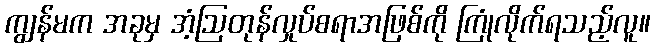
ကျွန်မက အခုမှ အံ့ဩတုန်လှုပ်စရာအဖြစ်ကို ကြုံလိုက်ရသည့်လူ။